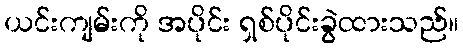
ယင်းကျမ်းကို အပိုင်း ရှစ်ပိုင်းခွဲထားသည်။